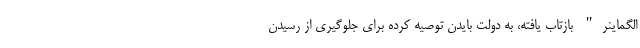
الگماینر" بازتاب یافته، به دولت بایدن توصیه کرده برای جلوگیری از رسیدن